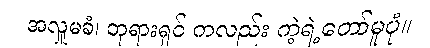
အလှူမခံ၊ ဘုရားရှင် ကလည်း ကဲ့ရဲ့တော်မူပုံ။